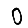
Digit: 0